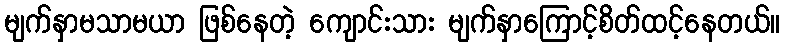
မျက်နှာမသာမယာ ဖြစ်နေတဲ့ ကျောင်းသား မျက်နှာကြောင့်စိတ်ထင့်နေတယ်။